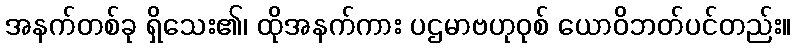
အနက်တစ်ခု ရှိသေး၏၊ ထိုအနက်ကား ပဌမာဗဟုဝုစ် ယောဝိဘတ်ပင်တည်း။